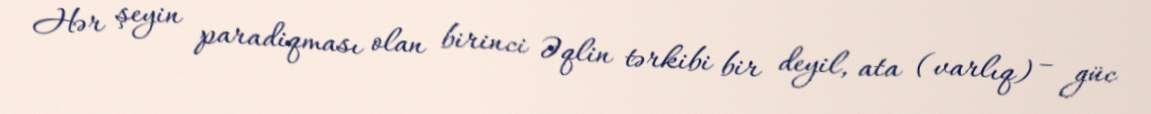
Hər şeyin paradiqması olan birinci Əqlin tərkibi bir deyil, ata (varlıq) – güc